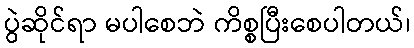
ပွဲဆိုင်ရာ မပါစေဘဲ ကိစ္စပြီးစေပါတယ်၊